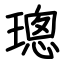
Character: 璁